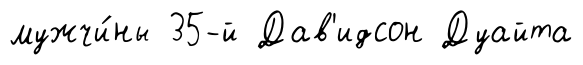
мужчи́ны 35-й Дав'идсон Дуайта